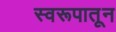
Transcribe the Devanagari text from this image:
स्वरूपातून